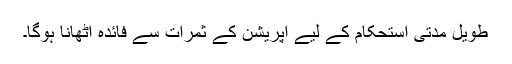
طویل مدتی استحکام کے لیے آپریشن کے ثمرات سے فائدہ اٹھانا ہوگا۔